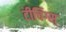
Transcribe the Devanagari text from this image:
टीचिंग्स्‌